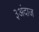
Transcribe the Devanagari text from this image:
३अंदाज